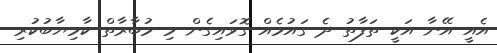
އެއީ އޭނާ އަކީ ތަފާތު ދެ ގައުމެއް ގޮވައިގެން މި މުބާރާތް ކާމިޔާބުކުރި